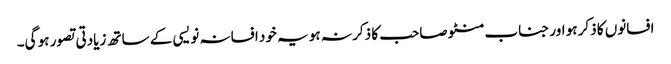
افسانوں کا ذکر ہو اور جناب منٹو صاحب کا ذکر نہ ہو یہ خود افسانہ نویسی کے ساتھ زیادتی تصور ہو گی۔